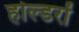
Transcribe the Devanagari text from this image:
होल्डरों